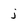
Character: j